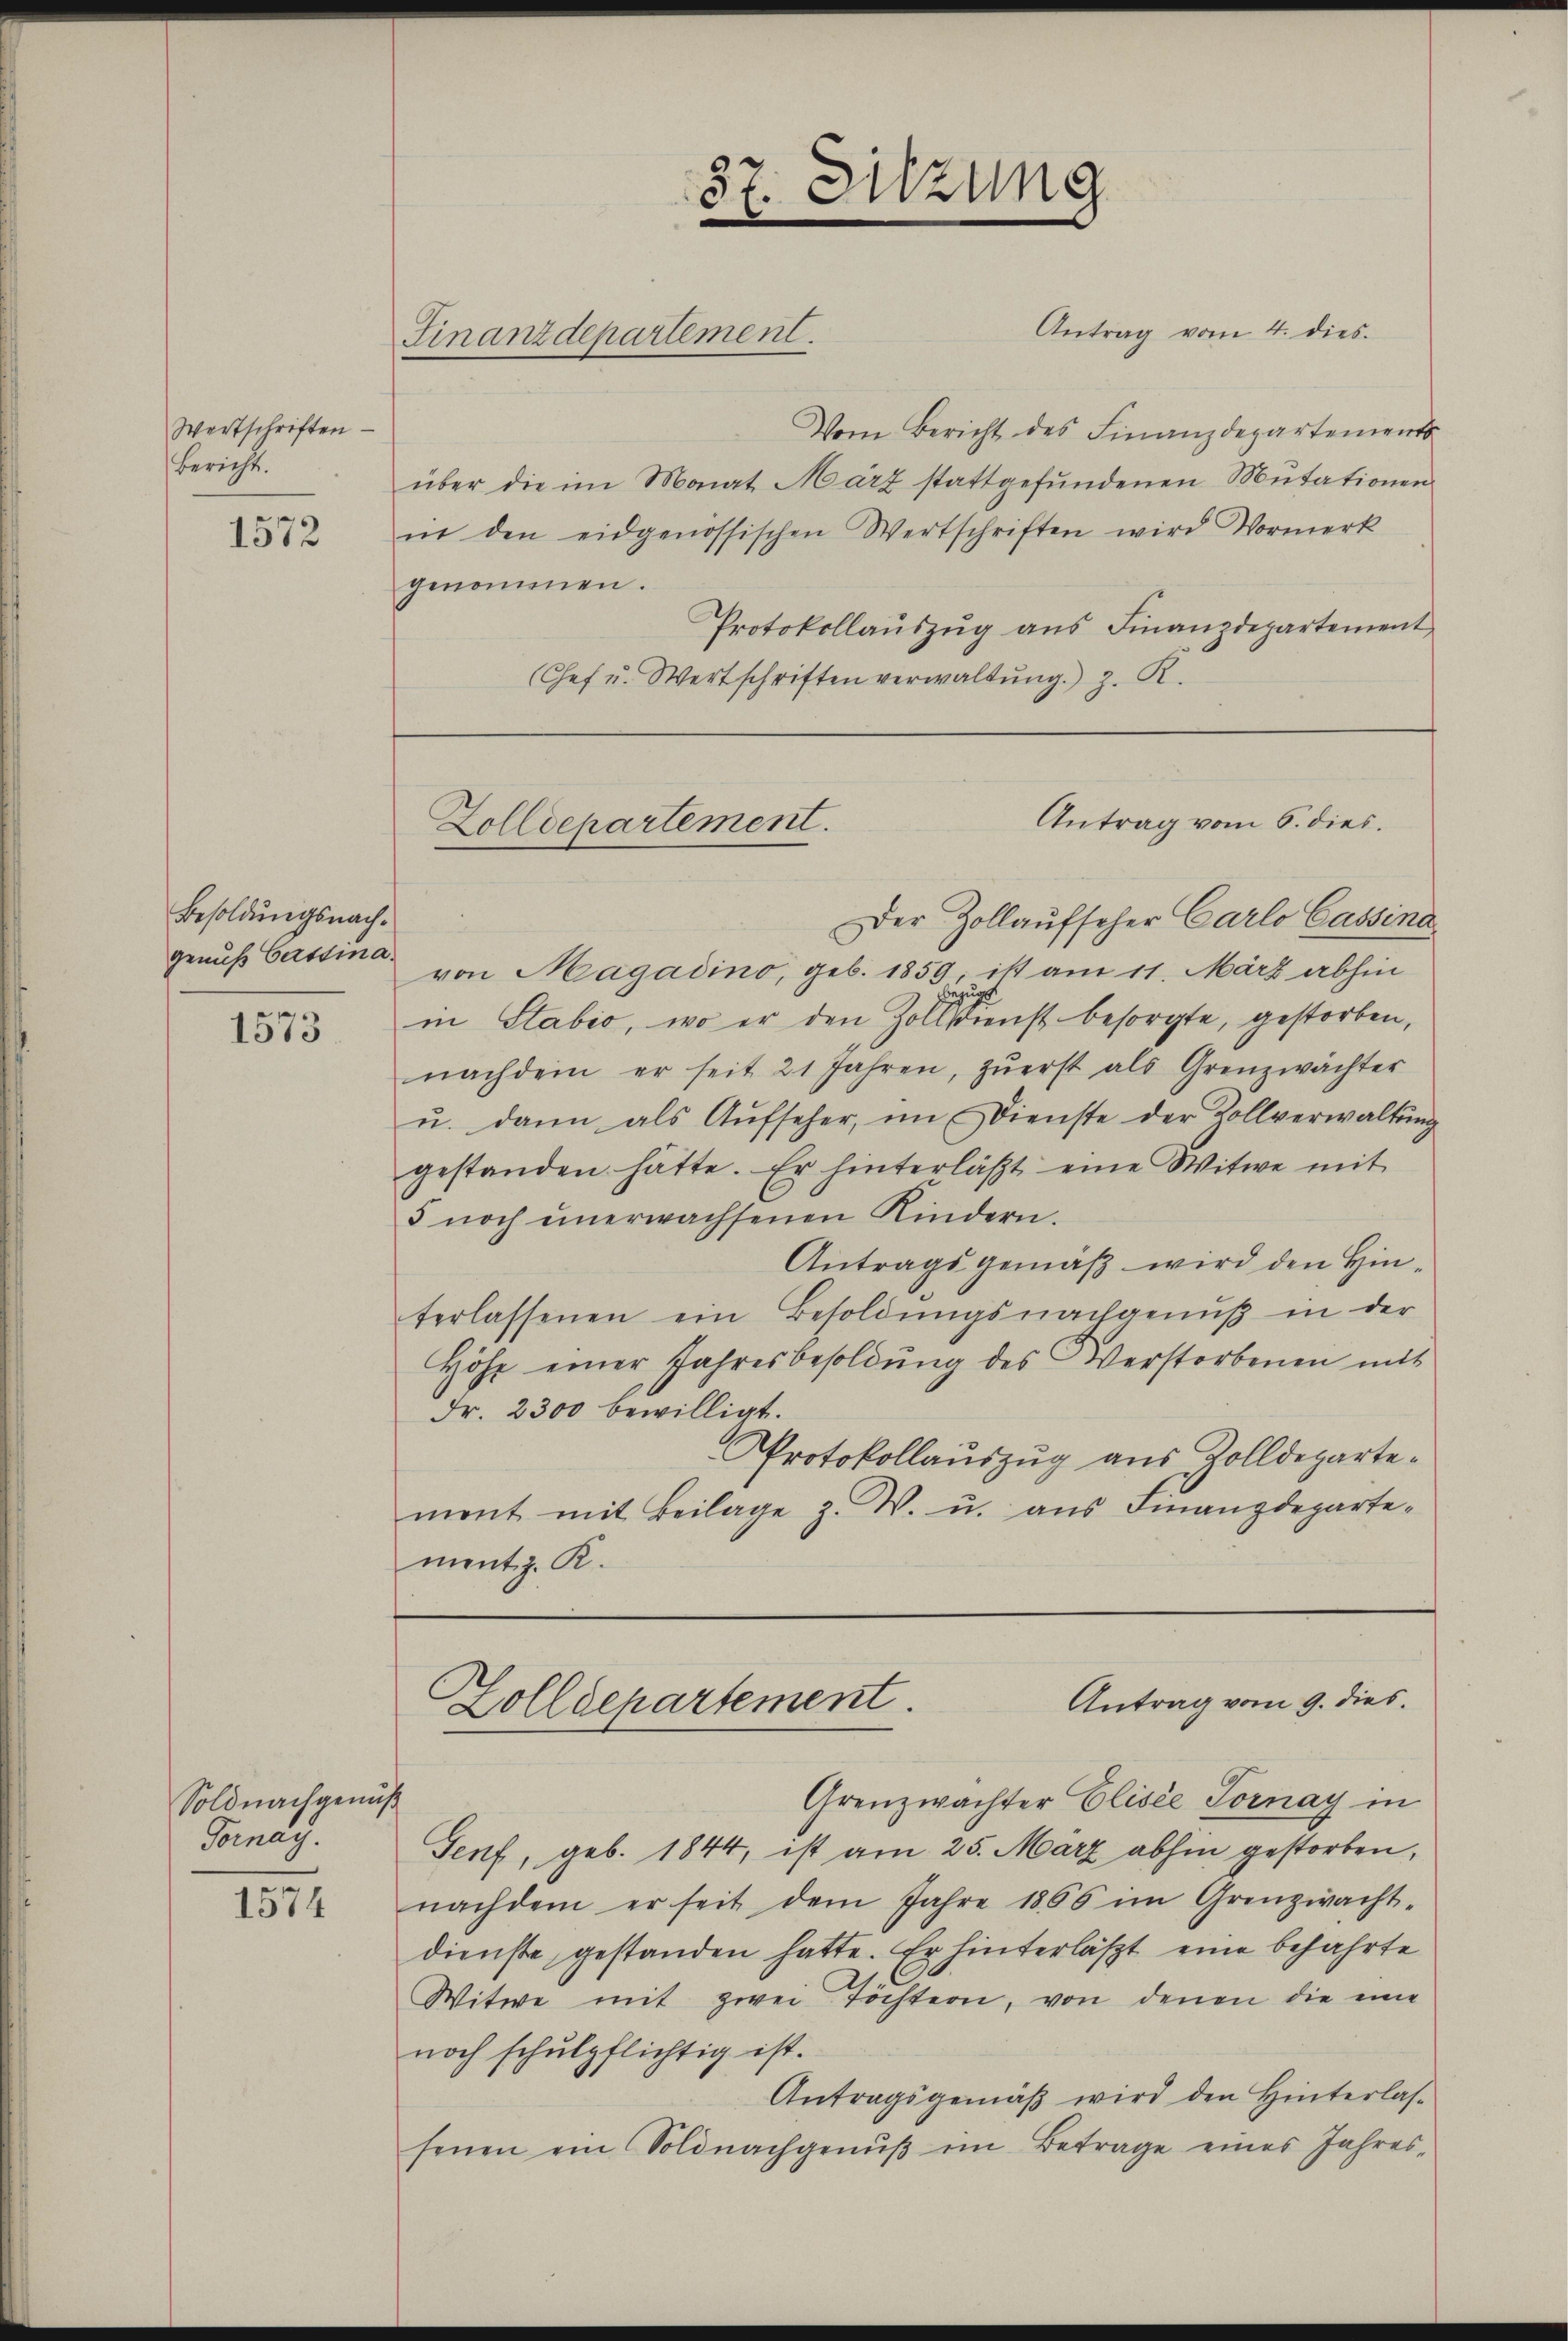
Wertschriften
Bericht.

1572

Besoldungsnachgenuß Gerstina

1573

Soldnachgem
Tanay.

1574

Vom Bericht des Finanzdepartements
über die im Monat März stattgefŭndenen Mutationen
it den eidgenössischen Wertschriften wird Vormerk
genommen.
Protokollauszug aus Finanzdepartement
(Chef u. Wertschriften verwaltŭng.) z. R.

Finanzdepartement.

87. Sitzung
e

Antrag vom 4. dies

Antrag vom 6. dies.
Zolldepartement.

Der Zollaufseher Carlo Cassina
von Magadino, geb. 1859 ist am 11. März abhin
egun
in Stabić, wo er den Zolldienst besorgte, gestorben,
nachdem er seit 21 Jahren, zŭerst als Grenzwächter
u. dann als Aŭfseher, im Dienste der Zollverwaltŭng
gestanden hätte. Er hinterläβt eine Witwe mit
5 noch unerwachsenen Kindern.
Antragsgemäß wird den Hinterlassenen ein Besoldungsnachgenuß in der
Höhe einer Jahresbesoldŭng des Verstorbenen mit
Fr. 2300 bewilligt.
Protokollauszug aus Zolldepartement mit Beilage z. W. u. aŭs Finanzdeparte-
ment z. R.

Antrag vom 9. dies.
Zolldepartement.
Grenzwächter Elisée Tornay in
.

Senf, geb. 1844, ist am 25. März abhin gestorben,
nachdem er seit dem Jahre 1866 im Grenzwacht-
dienste gestanden hatte. Er hinterläßt eine befahrte
Witwe mit zwei Töchtern, von denen die eine
noch schulpflichtig ist.
Antragsgemäß wird den Hinterlassenen ein Soldnachgenŭβ im Betrage eines Jahres-